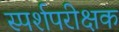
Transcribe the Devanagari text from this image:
स्पर्शपरीक्षक